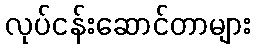
လုပ်ငန်းဆောင်တာများ